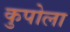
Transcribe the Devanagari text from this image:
कुपोला